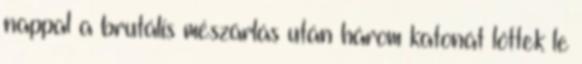
nappal a brutális mészárlás után három katonát lőttek le